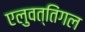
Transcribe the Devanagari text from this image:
एलुवत्तिंगल